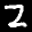
Label: 2